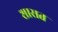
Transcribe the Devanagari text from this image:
शासत